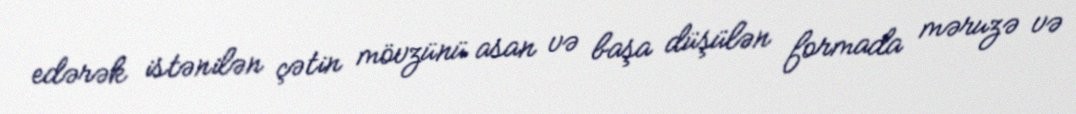
edərək istənilən çətin mövzünü asan və başa düşülən formada məruzə və